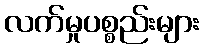
လက်မှုပစ္စည်းများ